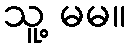
သူ့ မမ။